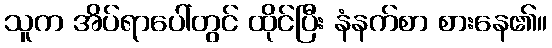
သူက အိပ်ရာပေါ်တွင် ထိုင်ပြီး နံနက်စာ စားနေ၏။